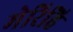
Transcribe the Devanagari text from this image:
मेरिहि